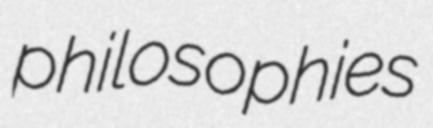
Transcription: philosophies